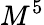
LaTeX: M^{5}